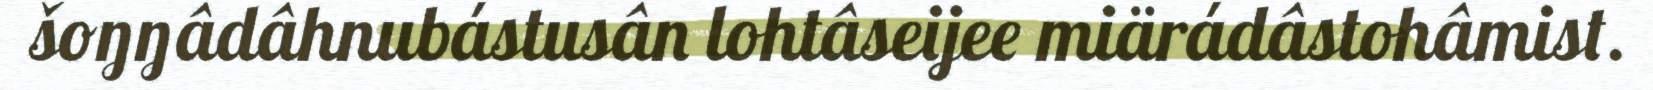
šoŋŋâdâhnubástusân lohtâseijee miärádâstohâmist.